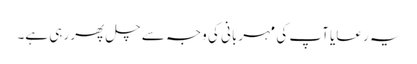
یہ رعایا آپ کی مہربانی کی وجہ سے چل پھر رہی ہے۔